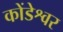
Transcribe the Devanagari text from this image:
कोंडेश्वर